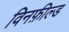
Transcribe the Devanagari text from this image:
विनफ़ील्ड